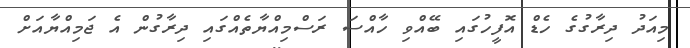
މިއަދު ދިރާގުގެ ހެޑް އޮފީހުގައި ބޭއްވި ހާއްސަ ރަސްމިއްޔާތެއްގައި ދިރާގުން އެ ޖަމިއްޔާއަށް